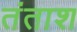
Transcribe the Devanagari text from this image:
तंताश